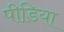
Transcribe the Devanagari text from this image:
पीडि़या